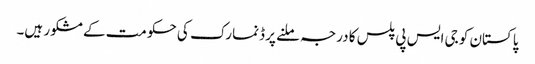
پاکستان کو جی ایس پی پلس کا درجہ ملنے پر ڈنمارک کی حکومت کے مشکور ہیں۔